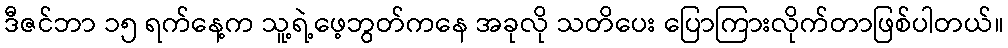
ဒီဇင်ဘာ ၁၅ ရက်နေ့က သူ့ရဲ့ဖေ့ဘွတ်ကနေ အခုလို သတိပေး ပြောကြားလိုက်တာဖြစ်ပါတယ်။